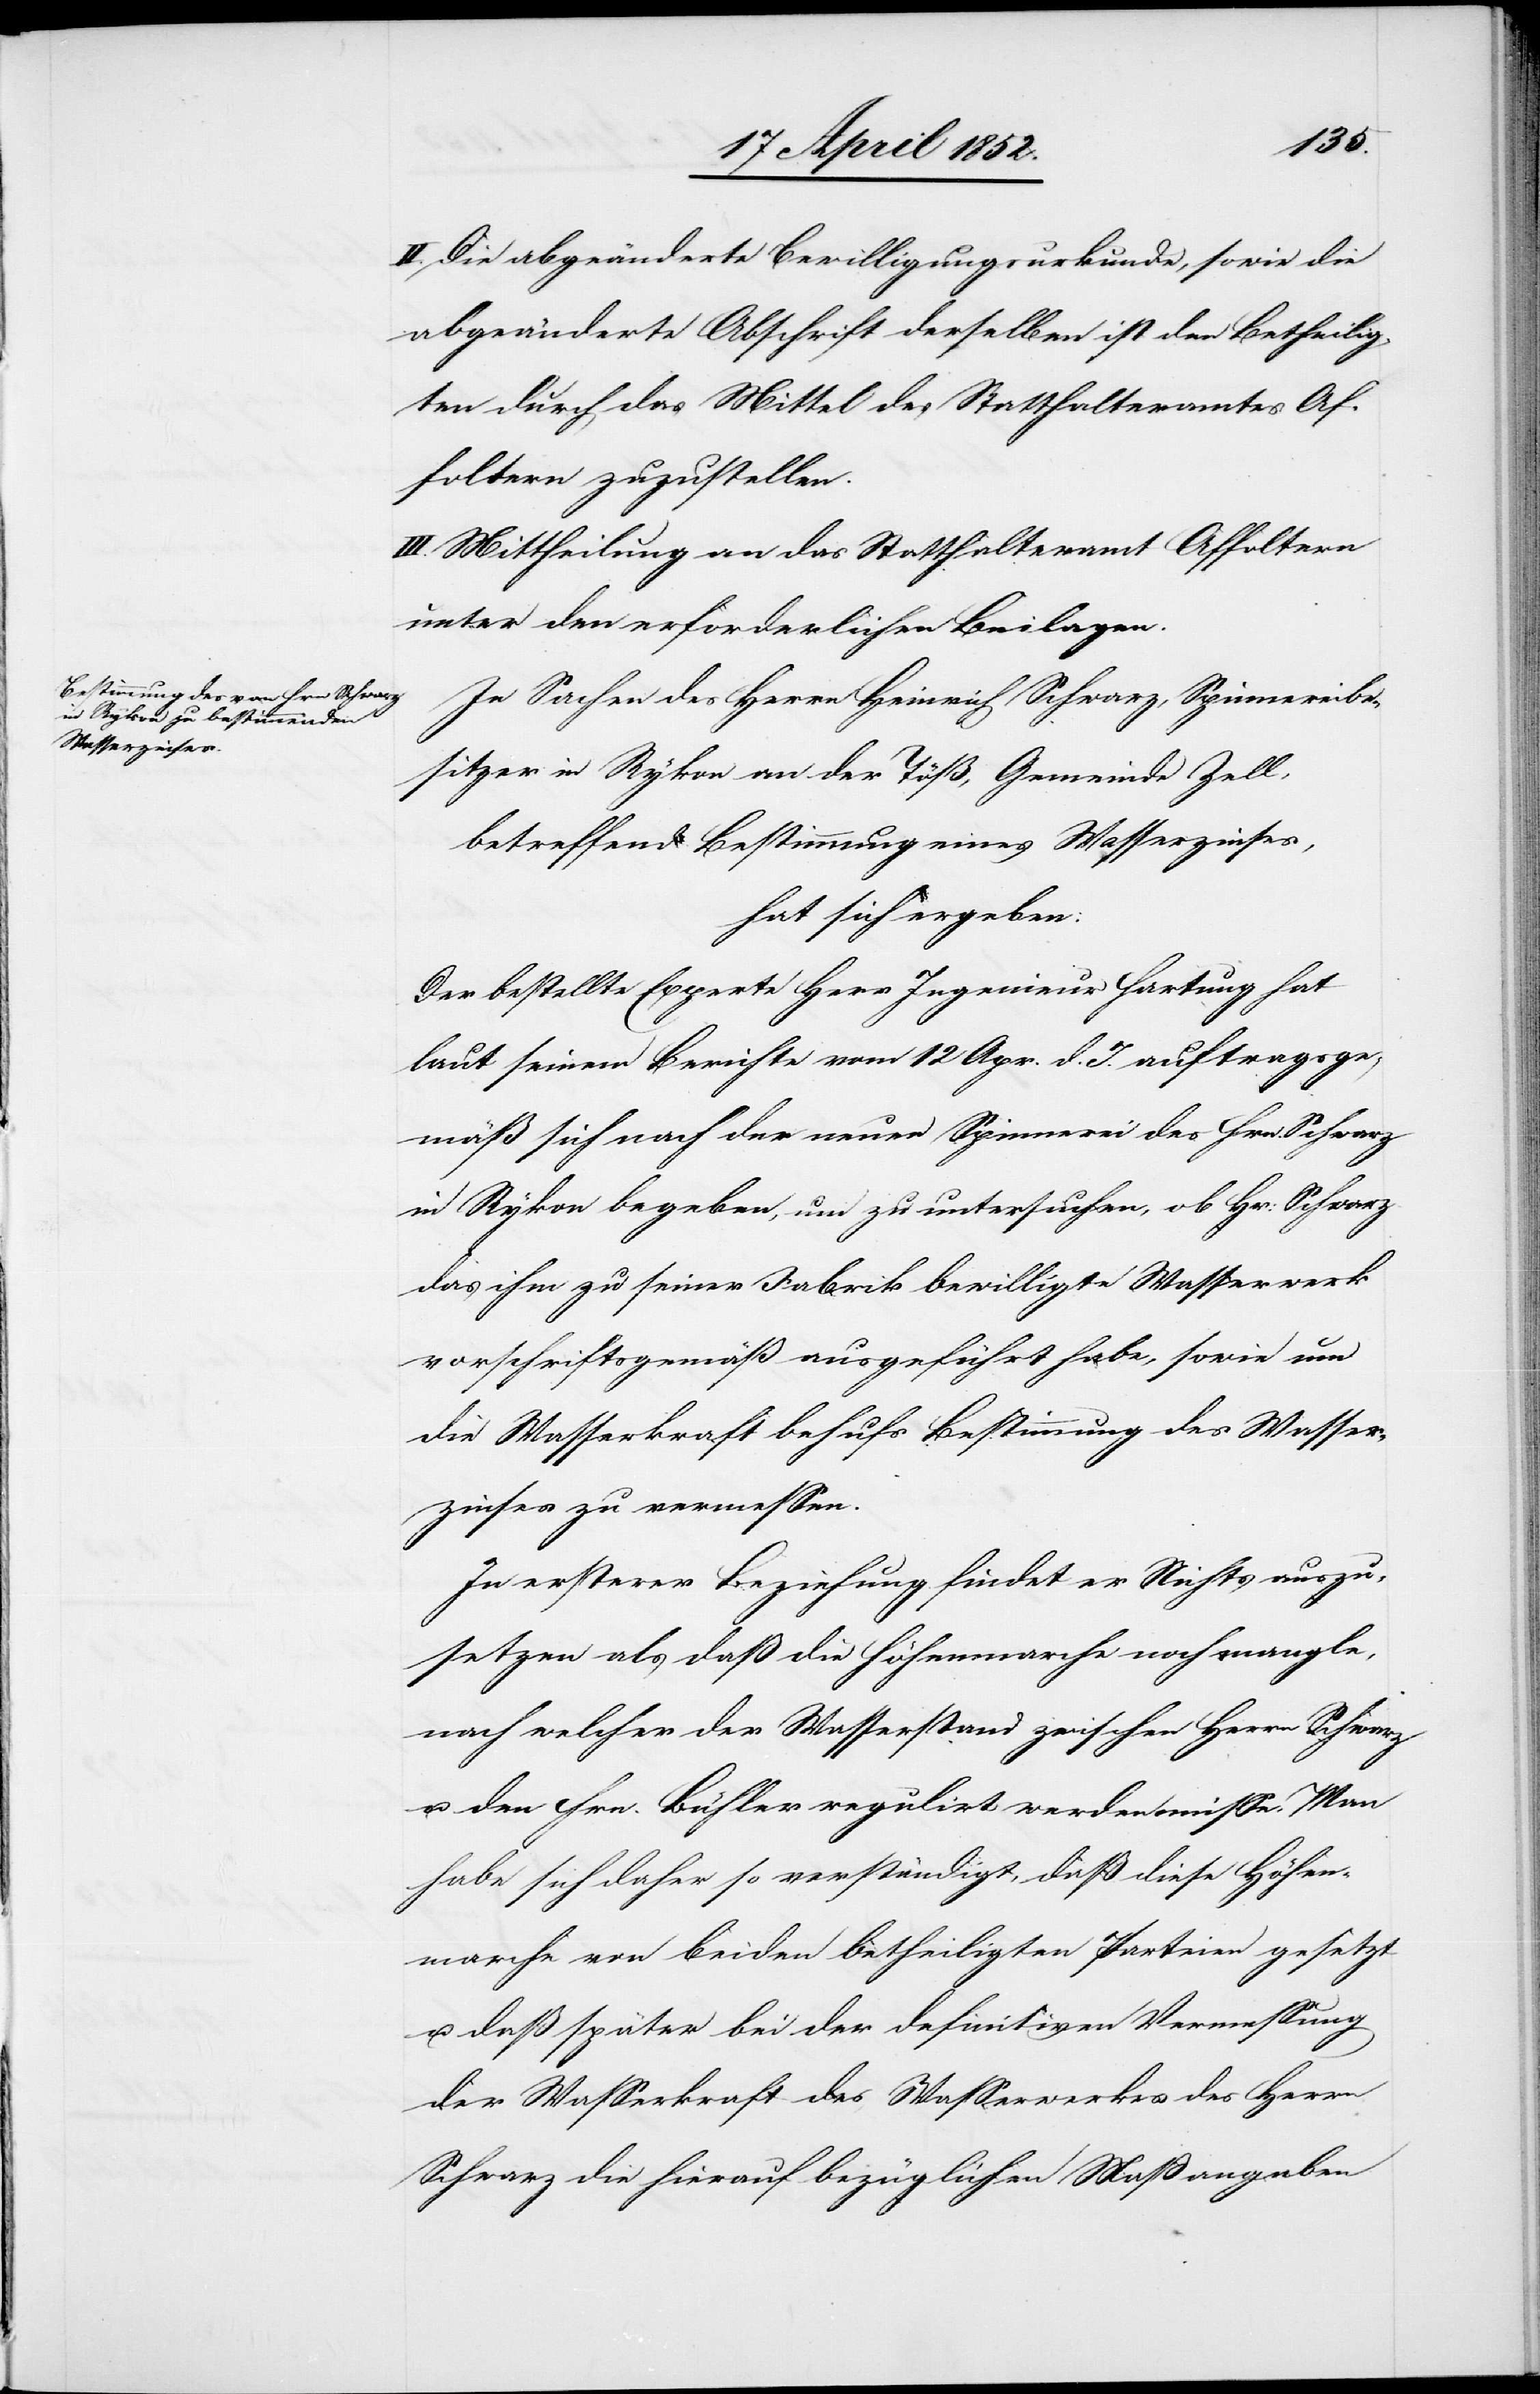
II. Die abgeänderte Bewilligungsurkunde, sowie die
abgeänderte Abschrift derselben ist den Betheilig¬
ten durch das Mittel des Statthalteramtes Af¬
foltern zuzustellen.
III. Mittheilung an das Statthalteramt Affoltern
unter den erforderlichen Beilagen.
In Sachen des Herrn Heinrich Schwarz, Spinnereibe¬
sitzer in Rykon an der Töß, Gemeinde Zell,
betreffend Bestimmung eines Wasserzinses,
hat sich ergeben:
Der bestellte Experte Herr Ingenieur Hartung hat
laut seinem Berichte vom 12 Apr. d. J. auftragsge¬
mäß sich nach der neuen Spinnerei des Hrn. Schwarz
in Rykon begeben, um zu untersuchen, ob Hr: Schwarz
das ihm zu seiner Fabrik bewilligte Wasserwerk
vorschriftsgemäß ausgeführt habe, sowie um
die Wasserkraft behufs Bestimmung des Wasser¬
zinses zu vermessen.
In ersterer Beziehung findet er Nichts auszu¬
setzen als daß die Höhenmarche noch mangle,
nach welcher der Wasserstand zwischen Herrn Schwarz
u. den Hrn. Bühler regulirt werden müsse. Man
habe sich daher so verständigt, daß diese Höhen¬
marche von beiden betheiligten Parteien gesetzt
u. daß später bei der definitiven Vermessung
der Wasserkraft des Wasserwerkes des Herrn
Schwarz die hierauf bezüglichen Maßangaben